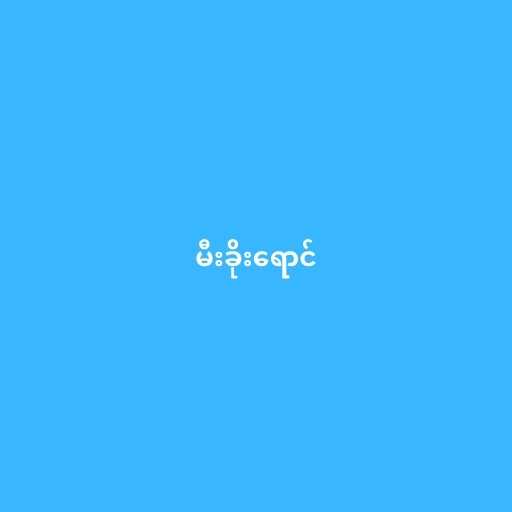
မီးခိုးရောင်